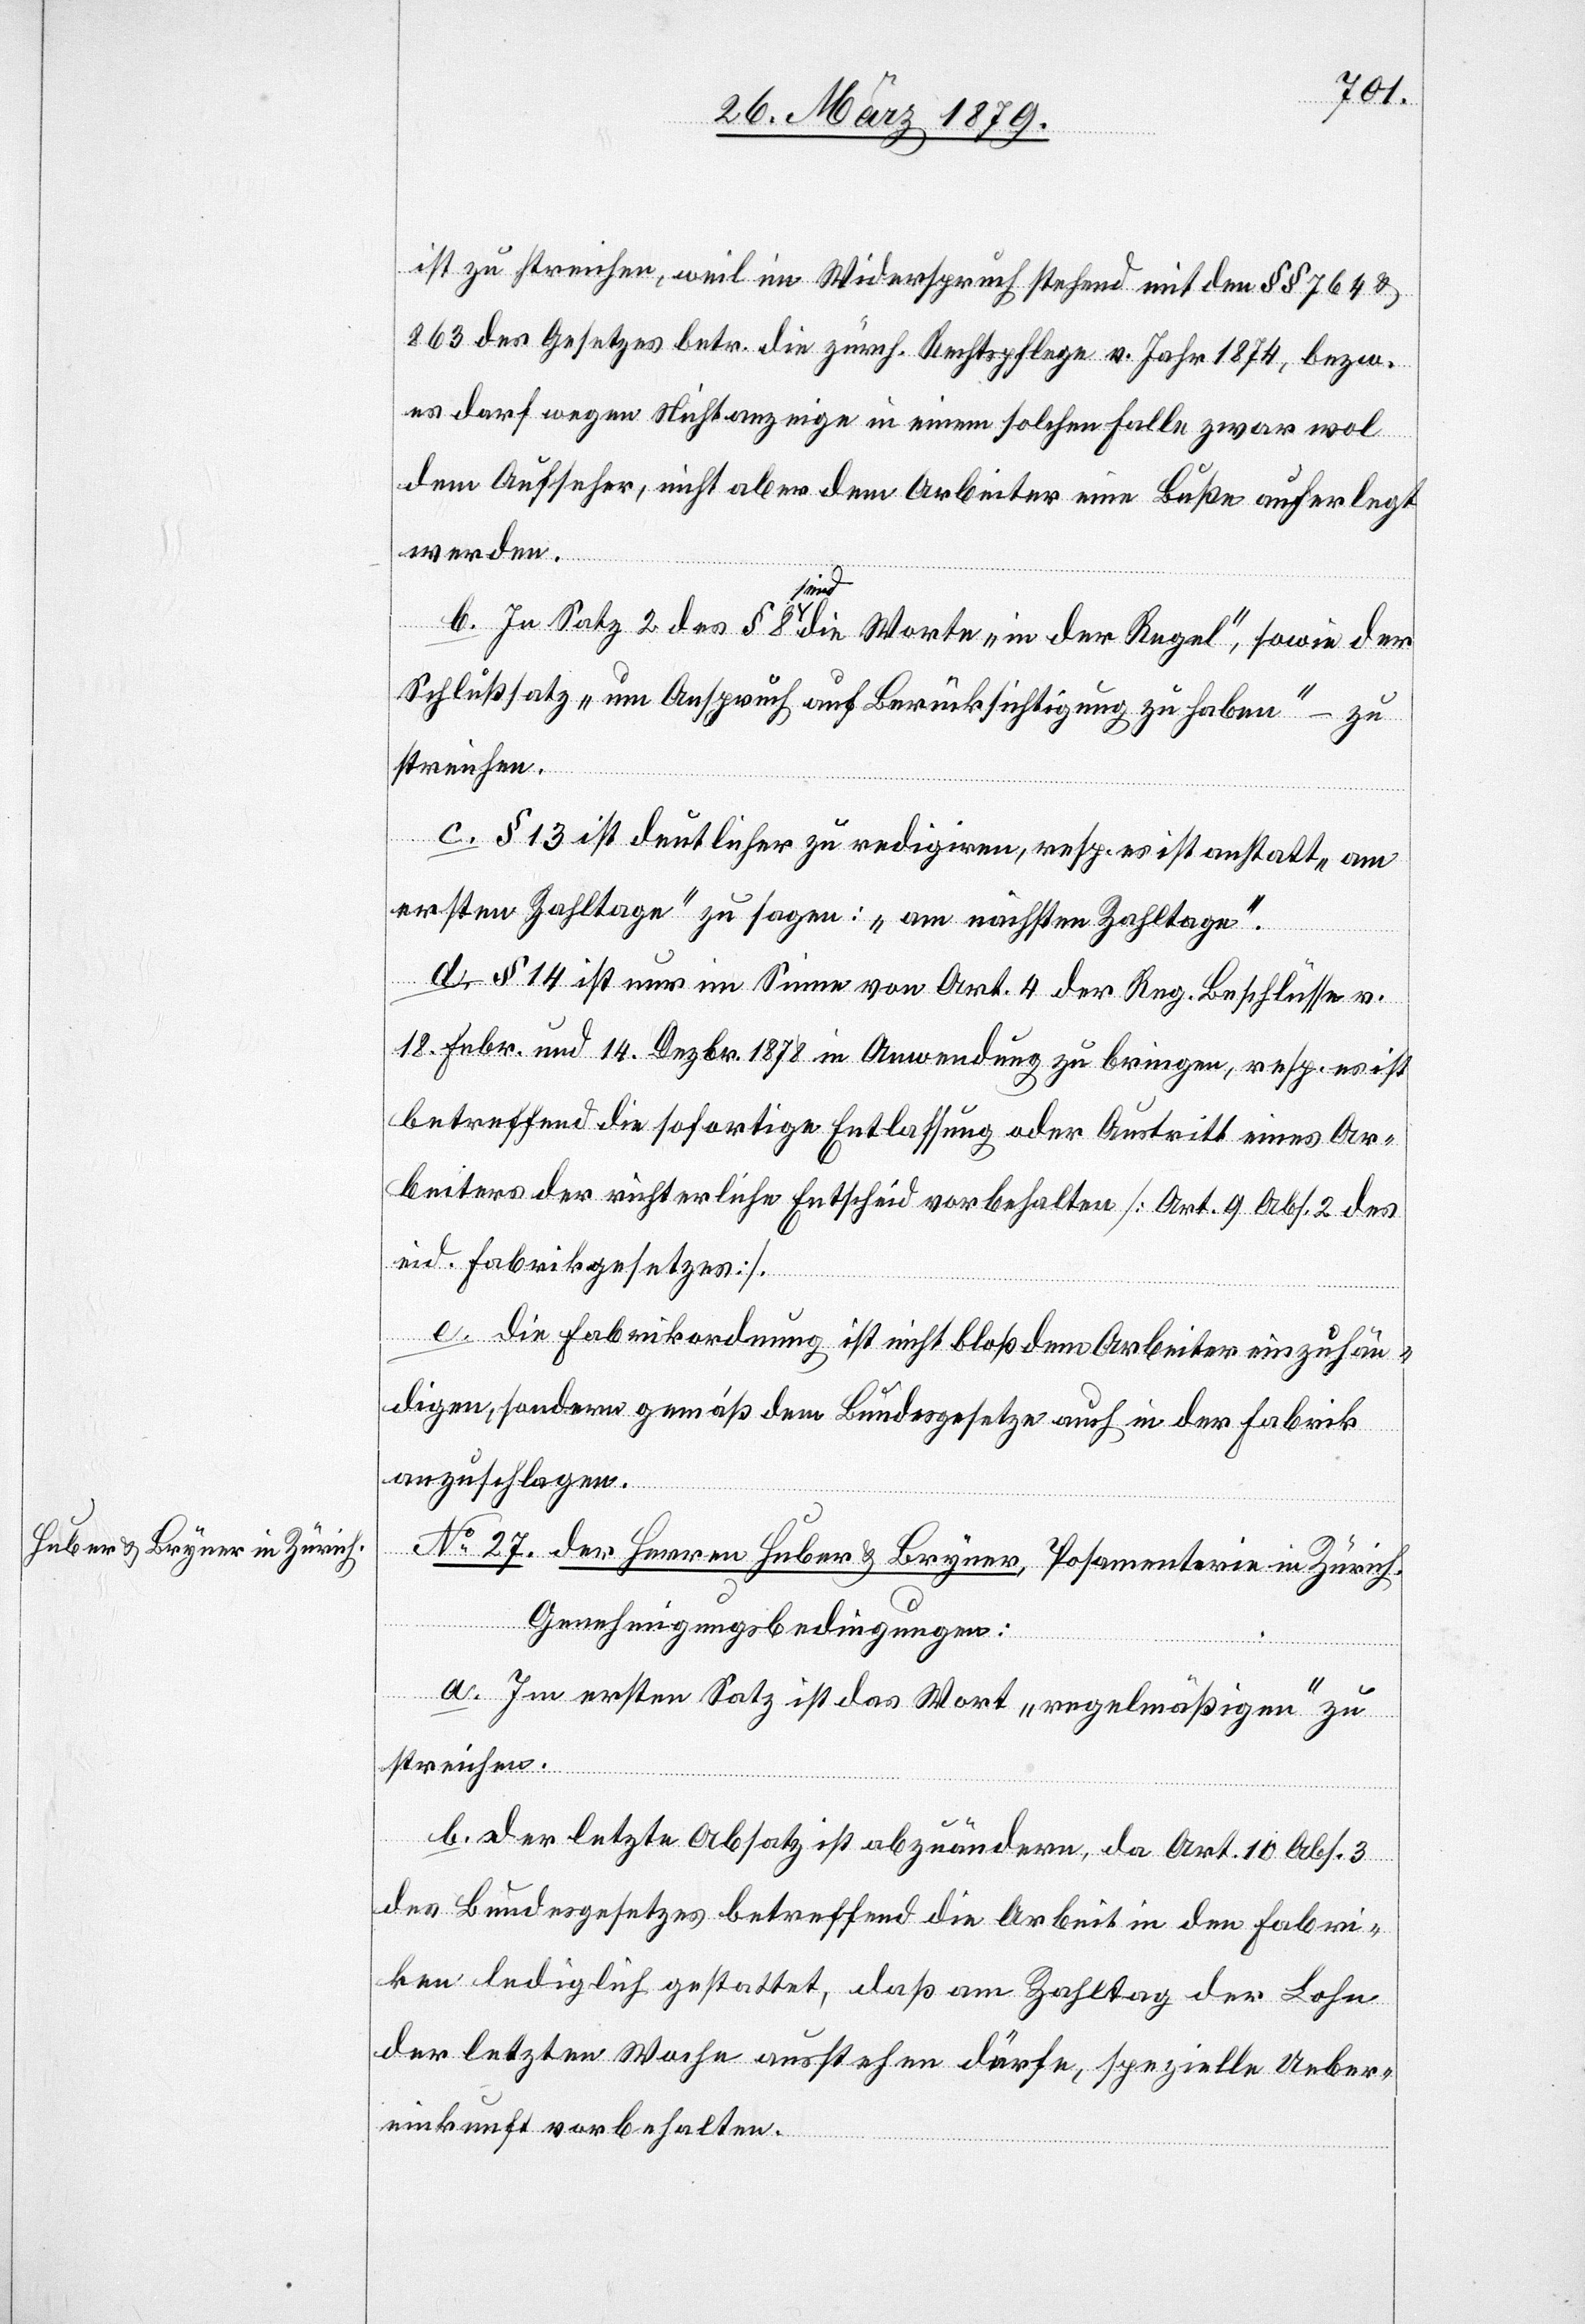
ist zu streichen, weil im Widerspruch stehend mit den §§ 764 &
863 des Gesetzes betr. die zürch. Rechtspflege v. Jahr 1874, bezw.
es darf wegen Nichtanzeige in einem solchen Falle zwar wol
dem Aufseher, nicht aber dem Arbeiter eine Buße auferlegt
werden.
b. In Satz 2 des § 8 sind die Worte „in der Regel“, sowie der
Schlußsatz „um Anspruch auf Berücksichtigung zu haben“ – zu
c. § 13 ist deutlicher zu redigiren, resp. es ist anstatt „am
ersten Zahltage“ zu sagen: „am nächsten Zahltage“.
d. § 14 ist nur im Sinne von Art. 4 der Reg. Beschlüsse v.
18. Febr. und 14. Dezbr. 1878 in Anwendung zu bringen, resp. es ist
betreffend die sofortige Entlassung oder Austritt eines Ar¬
beiters der richterliche Entscheid vorbehalten [Art. 9 Abs. 2 des
eid. Fabrikgesetzes].
e. Die Fabrikordnung ist nicht bloß dem Arbeiter einzuhän¬
digen, sondern gemäß dem Bundesgesetze auch in der Fabrik
anzuschlagen.
No 27. der Herren Huber & Bryner, Posamenterie in Zürich.
Genehmigungsbedingungen:
a. Im ersten Satz ist das Wort „regelmäßigen“ zu
streichen.
b. Der letzte Absatz ist abzuändern, da Art. 10 Abs. 3
des Bundesgesetzes betreffend die Arbeit in den Fabri¬
ken lediglich gestattet, daß am Zahltag der Lohn
der letzten Woche ausstehen dürfe, spezielle Ueber¬
einkunft vorbehalten.